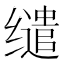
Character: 缱